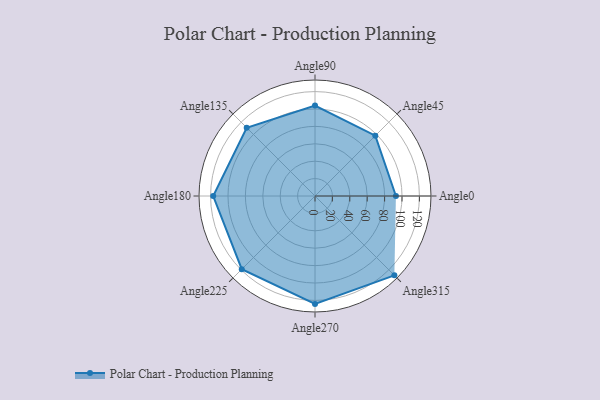
{"axis": {"x": "Angle", "y": "Radius"}, "legend": [""], "data": [{"x": "Angle0", "y": 93.0, "type": ""}, {"x": "Angle45", "y": 98.0, "type": ""}, {"x": "Angle90", "y": 104.0, "type": ""}, {"x": "Angle135", "y": 111.0, "type": ""}, {"x": "Angle180", "y": 117.0, "type": ""}, {"x": "Angle225", "y": 119.0, "type": ""}, {"x": "Angle270", "y": 124.0, "type": ""}, {"x": "Angle315", "y": 129.0, "type": ""}]}